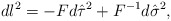
\begin{align*}dl^2=-Fd\hat{\tau}^2+F^{-1}d\hat{\sigma}^2,\end{align*}